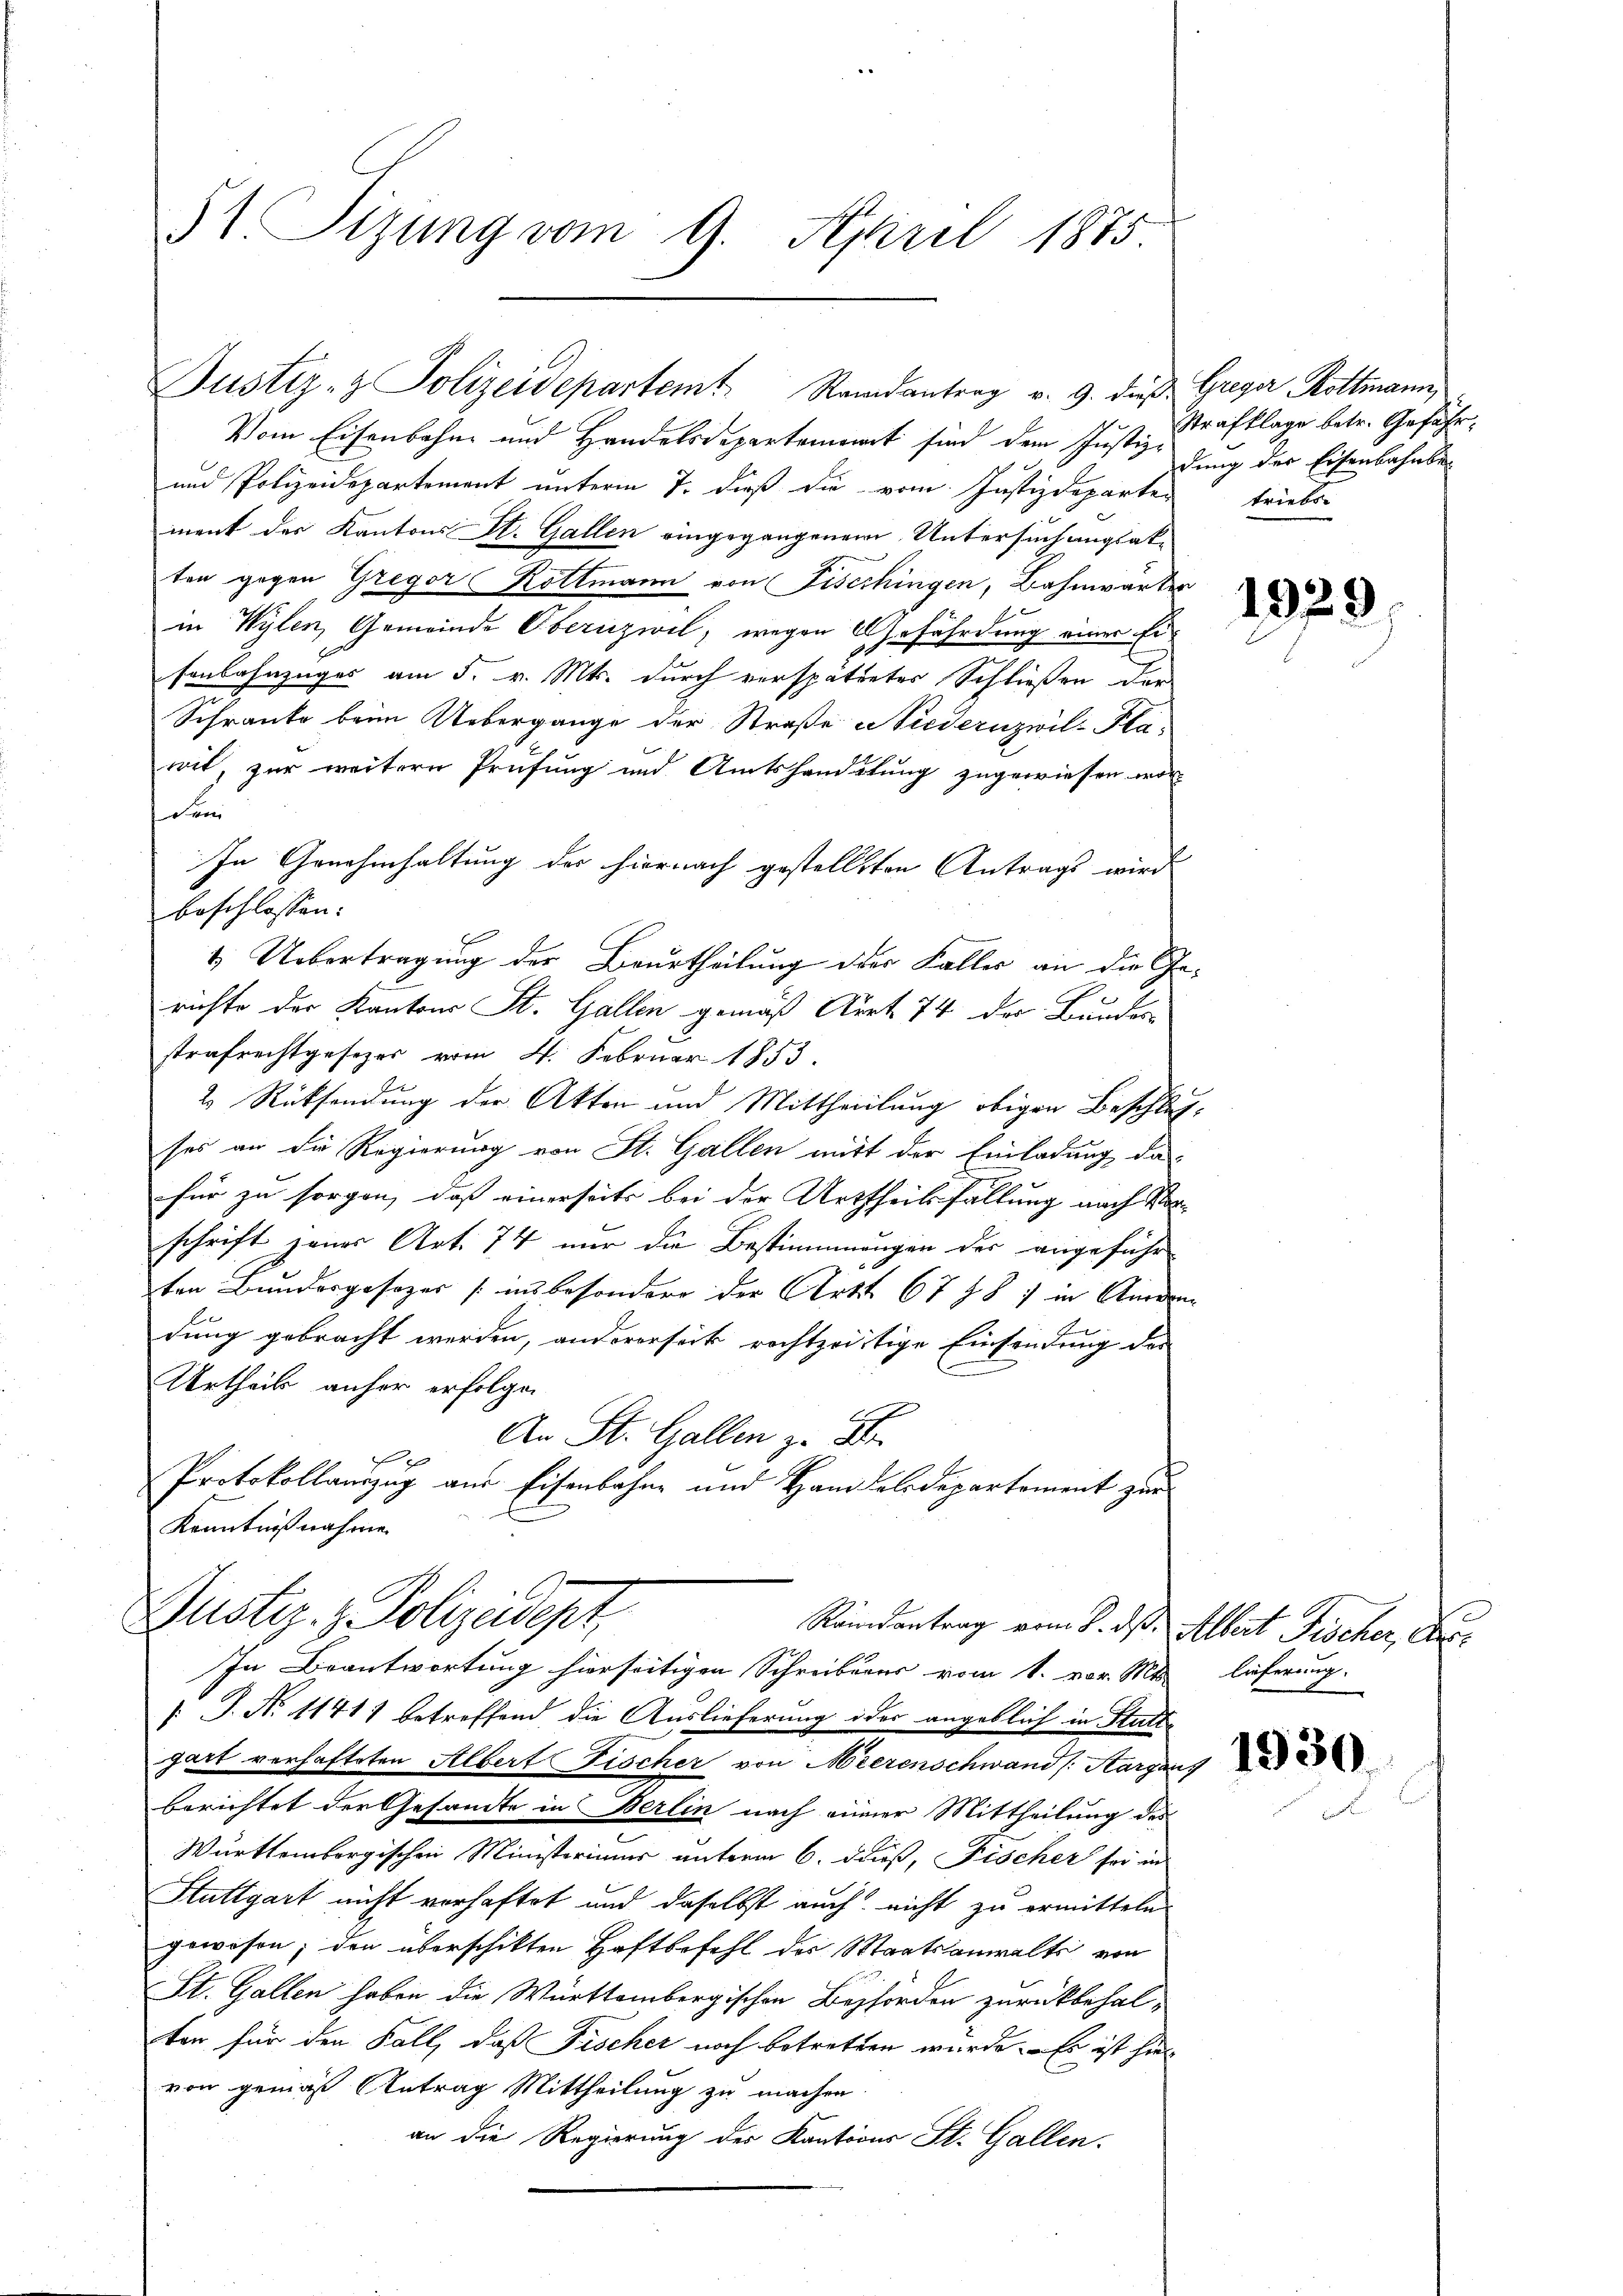
51. Sizung vom 9. April 1875

Justiz- & Polizeidepartemt Staandantrag v. 9. daß Greger Bottmann

Justiz- & Polizeidept,
Randantrag vom 8. ds. Albert Fischer, Ver¬
In Beantwortung hierseitigen Schreibenes vom 1. vor. Mts.

Vom Eisenbahne und Handelsdepartement sind dem Justiz-dung der Eisenbahnbe¬
und Polizeidepartement unterm 7. dieß die vom Justizdeparten triebe-
ment des Kantons St. Gallen eingegangenem Untersuchungsakten gegen Gregor Rottmann von Fischingen, Bahnwärter
in Wylen, Gemeinde Obernzwil, wegen Gefährdung einer Ersenbahnzuges am 5. v. Mts. durch verspätreter Schließen der
Schranke beim Uebergange der Straße niederuzwil-Plawit, zur weitern Prüfung und Amtshandelung zugewiesen wor-
den
In Genehmhaltung des hiernach gestelltten Antrags wird
beschlossen:
4. Uebertragung der Beurtheilung der Falles an die Gerichte der Kantons St. Gallen gemäß Art 74 der Bunder
strafrechtgesezes vom 4. Februar 1853.
2 Rücksendung der Akten und Mittheilung obigen Beschlußses an die Regierung von St. Gallen mitt der Einladung da-
für zu sorgen, daß einerseits bei der Urtheilsfällung nach Vorschrift jener Art. 74 nur die Bestimmungen der angeführ
ten Bundergesezes (insbesondere der Art. 6788: in Amden
dung gebracht werden, andererseit rechtzeitige Einsendung des
Urtheils anfer erfolgen
An St. Gallen z. B.
Protokollauszug aus Eisenbahne und Handelsdepartement zur
Kenntnißnahme

P. Nr. 11411 betreffend die Auslieferung oder angeblich in Stattgart verhafteten Albert Fischer von Meerenschwand (Aargau,
berichtet der Gesandte in Berlin nach einer Mittheilung des
Württembergischen Ministeriums unterm 6. dieß, Fischer soo in
Stuttgart nicht verhaftet und daselbst auch nicht zu ermitteln
gewesen; den überschikten Haftbefehl des Staatsanwalts von
St. Gallen haben die Württembergischen Behörden zurückbehalten für den Fall, daß Fischer noch betretten wurde. Es ist hier
von gemäß Antrag Mittheilung zu machen.
an die Regierung der Kantoons St. Gallen.

Strafklage betr. Geführ

1929

lieferung.

1930.